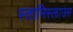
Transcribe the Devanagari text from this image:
स्तानिस्लाउस